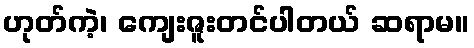
ဟုတ်ကဲ့၊ ကျေးဇူးတင်ပါတယ် ဆရာမ။